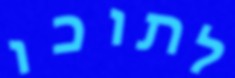
לתוכו